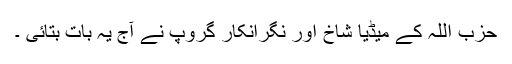
حزب اللہ کے میڈیا شاخ اور نگرانکار گروپ نے آج یہ بات بتائی ۔